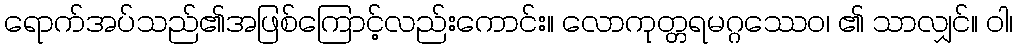
ရောက်အပ်သည်၏အဖြစ်ကြောင့်လည်းကောင်း။ လောကုတ္တရမဂ္ဂဿေဝ၊ ၏ သာလျှင်။ ဝါ၊